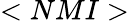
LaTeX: <NMI>